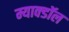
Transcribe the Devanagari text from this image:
म्याक्डॉल